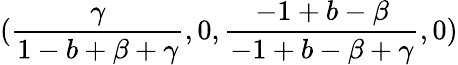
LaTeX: (\frac{\gamma}{1-b+\beta+\gamma},0,\frac{-1+b-\beta}{-1+b-\beta+\gamma},0)